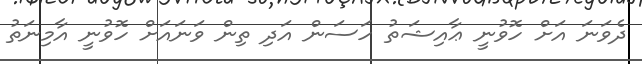
ދެވަނަ އަށް ހޮވުނީ ޢާއިޝަތު ހަސަން އަދި ތިން ވަނައަށް ހޮވުނީ އާމިނަތު